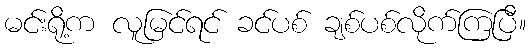
မင်းရို့က လူမြင်ရင် ခင်ပစ် ချစ်ပစ်လိုက်ကြပြီ။